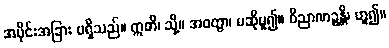
အပိုင်းအခြား မရှိသည်။ ဣတိ၊ သို့။ အဝတွာ၊ မဆိုမူ၍။ ဝိညာဏဉ္စန္တိ၊ ဟူ၍။